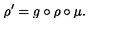
\rho ^ { \prime } = g \circ \rho \circ \mu .